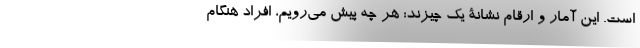
است. این آمار و ارقام نشانۀ یک چیزند: هر چه پیش می‌رویم، افراد هنگام